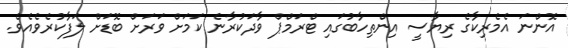
އޮންނަ އެމެރިކާގެ ރިޔާސީ އިންތިހާބުގައި ޓްރަމްޕް ވާދަކުރާނެ ކަމަށް ވަރަށް ބޮޑަށް ލަފާކުރެވެއެވެ.